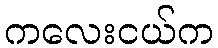
ကလေးငယ်က